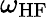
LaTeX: \omega_{\mathrm{HF}}